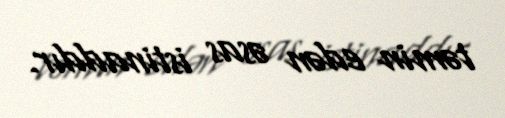
təmin edən əsas istinaddır.